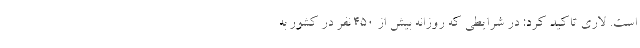
است. لاری تاکید کرد: در شرایطی که روزانه بیش از ۴۵۰ نفر در کشور به